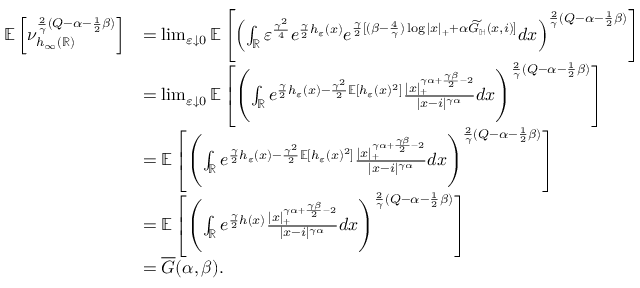
\begin{array} { r l } { \mathbb E \left[ \nu _ { h _ { \infty } ( \mathbb R ) } ^ { \frac { 2 } { \gamma } ( Q - \alpha - \frac { 1 } { 2 } \beta ) } \right] } & { = \operatorname* { l i m } _ { \varepsilon \downarrow 0 } \mathbb E \left[ \left( \int _ { \mathbb R } \varepsilon ^ { \frac { \gamma ^ { 2 } } { 4 } } e ^ { \frac { \gamma } { 2 } h _ { \varepsilon } ( x ) } e ^ { \frac { \gamma } { 2 } [ ( \beta - \frac { 4 } { \gamma } ) \log | x | _ { + } + \alpha \widetilde G _ { \mathbb H } ( x , i ) ] } d x \right) ^ { \frac { 2 } { \gamma } ( Q - \alpha - \frac { 1 } { 2 } \beta ) } \right] } \\ & { = \operatorname* { l i m } _ { \varepsilon \downarrow 0 } \mathbb E \left[ \left( \int _ { \mathbb R } e ^ { \frac { \gamma } { 2 } h _ { \varepsilon } ( x ) - \frac { \gamma ^ { 2 } } { 2 } \mathbb E [ h _ { \varepsilon } ( x ) ^ { 2 } ] } \frac { | x | _ { + } ^ { \gamma \alpha + \frac { \gamma \beta } { 2 } - 2 } } { | x - i | ^ { \gamma \alpha } } d x \right) ^ { \frac { 2 } { \gamma } ( Q - \alpha - \frac { 1 } { 2 } \beta ) } \right] } \\ & { = \mathbb E \left[ \left( \int _ { \mathbb R } e ^ { \frac { \gamma } { 2 } h _ { \varepsilon } ( x ) - \frac { \gamma ^ { 2 } } { 2 } \mathbb E [ h _ { \varepsilon } ( x ) ^ { 2 } ] } \frac { | x | _ { + } ^ { \gamma \alpha + \frac { \gamma \beta } { 2 } - 2 } } { | x - i | ^ { \gamma \alpha } } d x \right) ^ { \frac { 2 } { \gamma } ( Q - \alpha - \frac { 1 } { 2 } \beta ) } \right] } \\ & { = \mathbb E \left[ \left( \int _ { \mathbb R } e ^ { \frac { \gamma } { 2 } h ( x ) } \frac { | x | _ { + } ^ { \gamma \alpha + \frac { \gamma \beta } { 2 } - 2 } } { | x - i | ^ { \gamma \alpha } } d x \right) ^ { \frac { 2 } { \gamma } ( Q - \alpha - \frac { 1 } { 2 } \beta ) } \right] } \\ & { = \overline { G } ( \alpha , \beta ) . } \end{array}